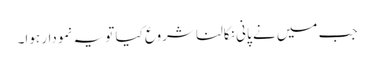
جب میں نے پانی نکالنا شروع کیا تو یہ نمودار ہوا۔